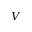
V